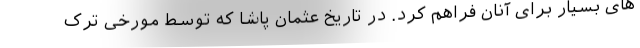
های بسیار برای آنان فراهم کرد. در تاریخ عثمان پاشا که توسط مورخی ترک